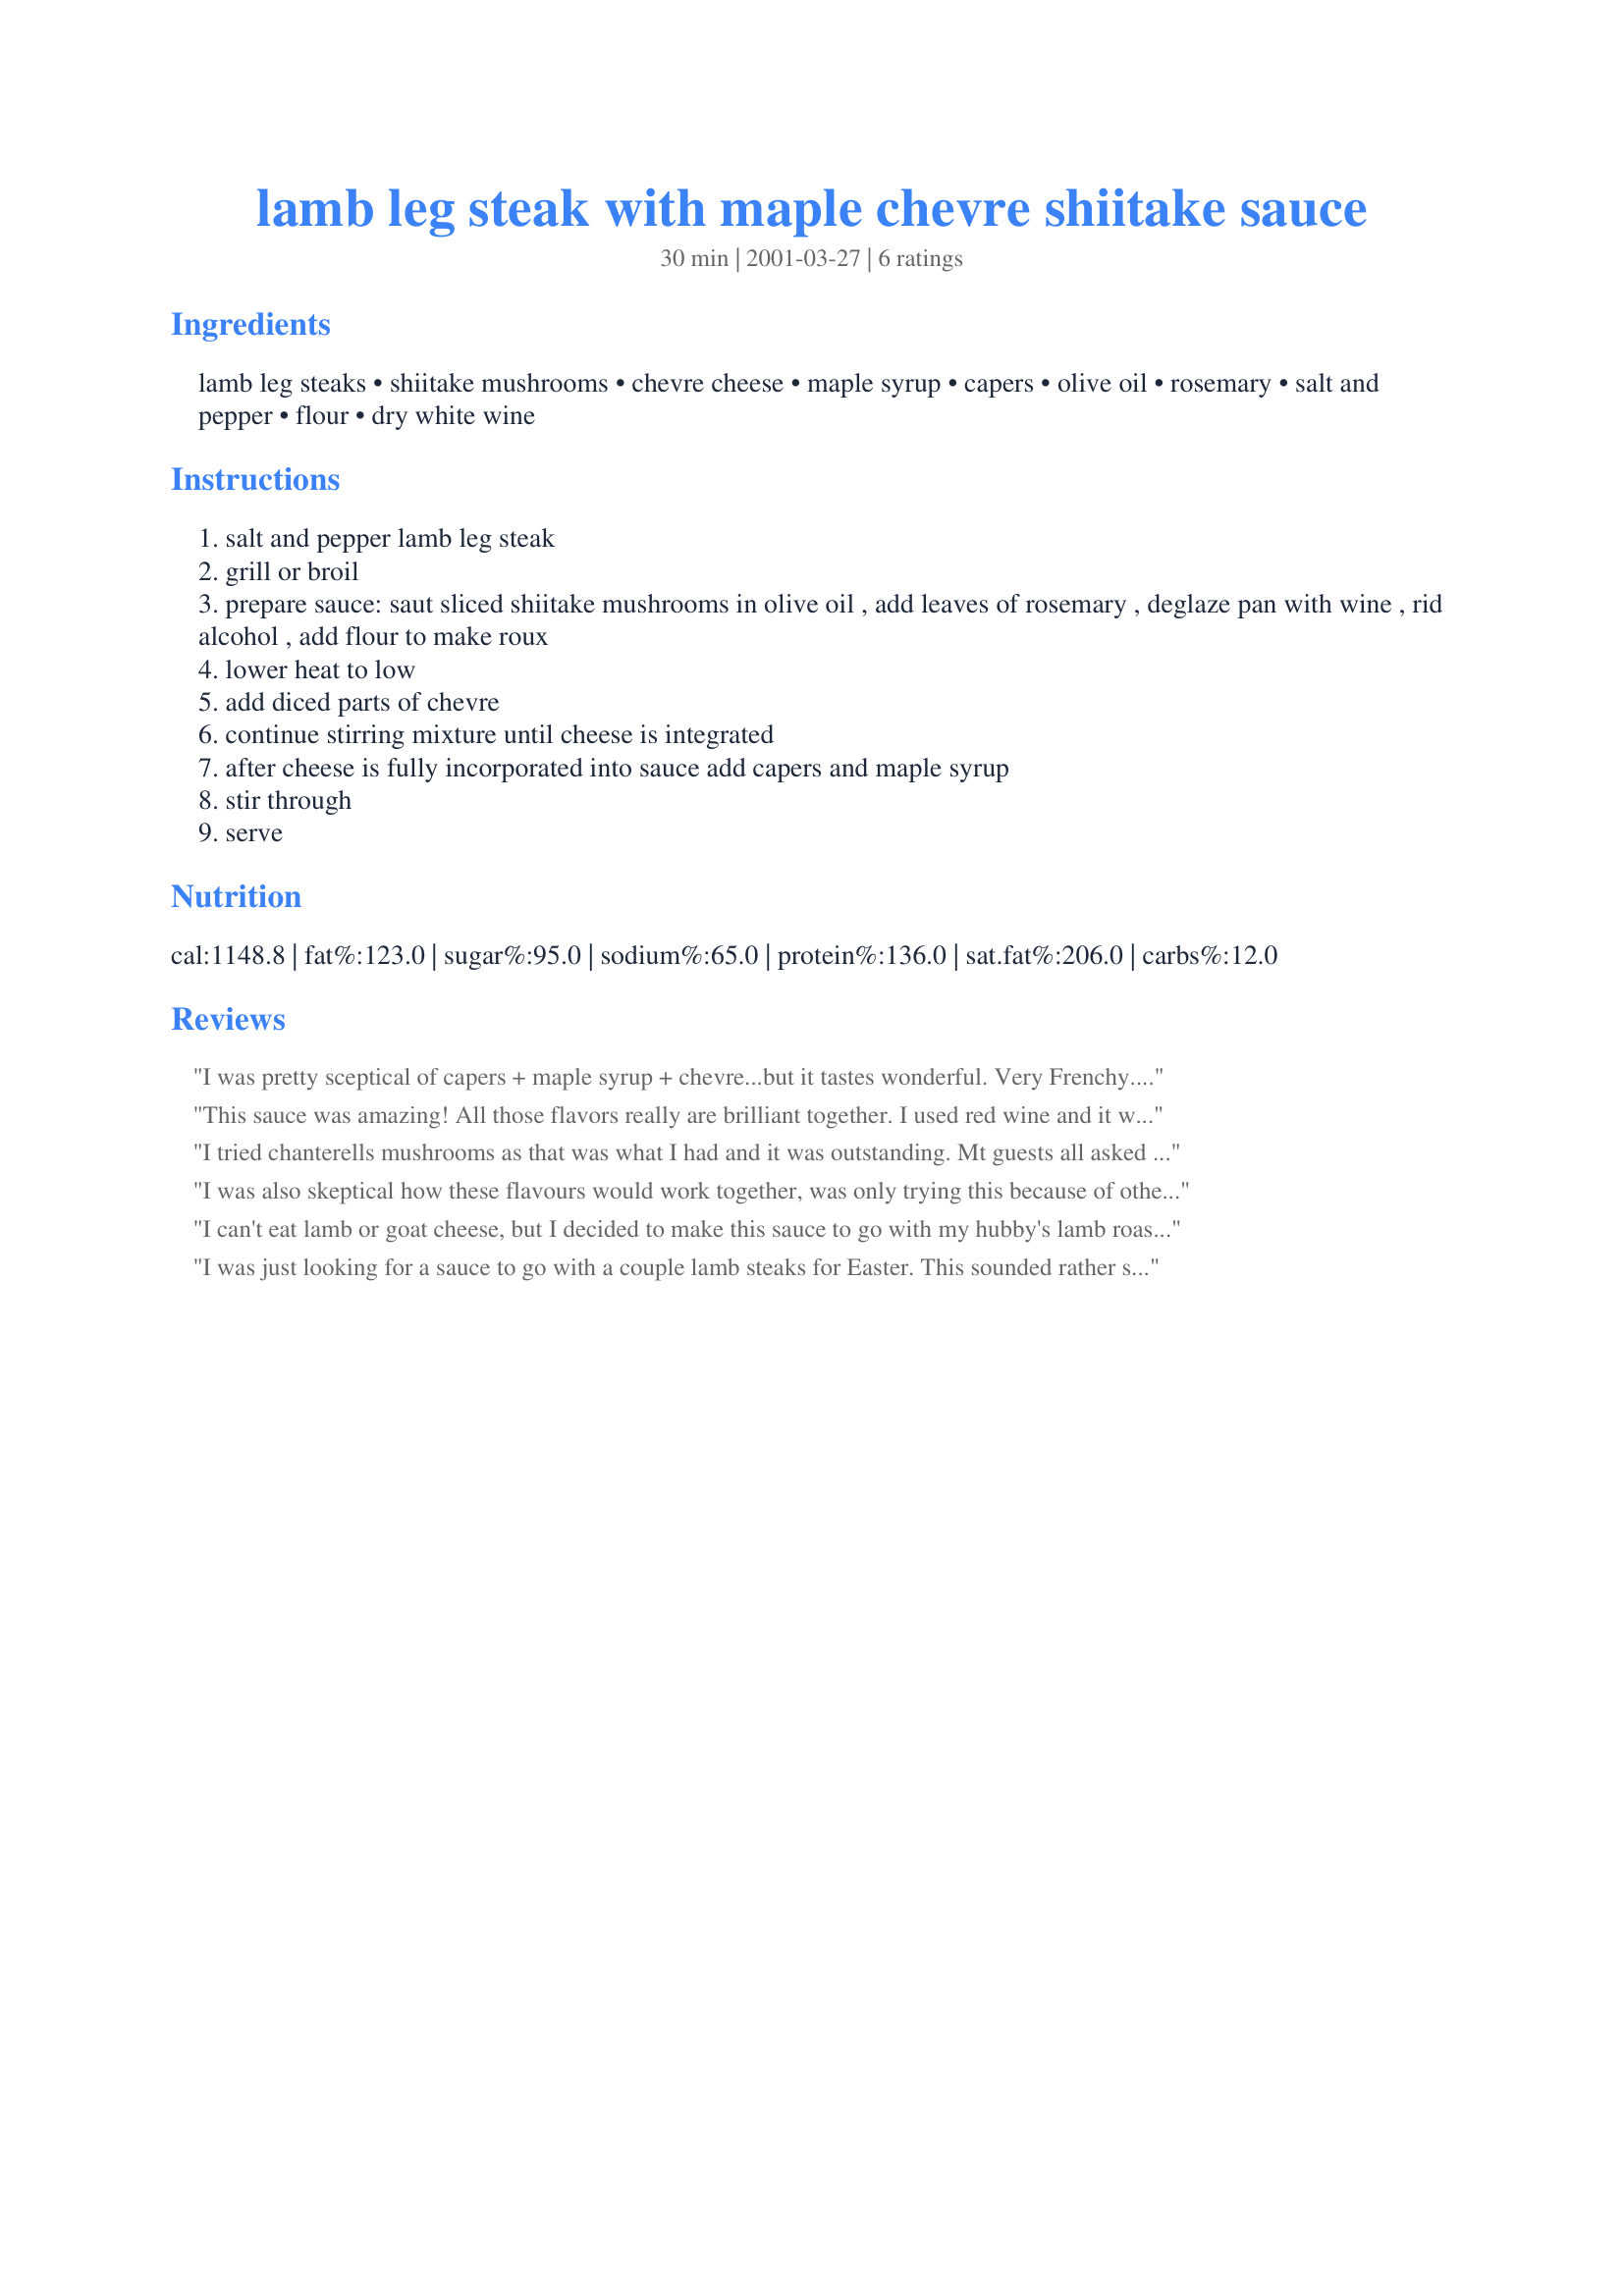
lamb leg steak with maple chevre shiitake sauce
Preparation time: 30 minutes

Ingredients:
lamb leg steaks, shiitake mushrooms, chevre cheese, maple syrup, capers, olive oil, rosemary, salt and pepper, flour, dry white wine

Steps:
salt and pepper lamb leg steak
grill or broil
prepare sauce: saut sliced shiitake mushrooms in olive oil , add leaves of rosemary , deglaze pan with wine , rid alcohol , add flour to make roux
lower heat to low
add diced parts of chevre
continue stirring mixture until cheese is integrated
after cheese is fully incorporated into sauce add capers and maple syrup
stir through
serve

Reviews:
I was pretty sceptical of capers + maple syrup + chevre...but it tastes wonderful. Very Frenchy. I made the sauce to use with a leg of lamb I roasted with rosemary and garlic and olive oil rubbed all over. I didn't use the full amount of chevre, it was just too much. I made the sauce early and then just warmed it on the stove with a bit of broth to loosen it up again. LOVE.
This sauce was amazing! All those flavors really are brilliant together.
I used red wine and it was delish. Served with green beans and goat cheese mashed potatoes.
I tried chanterells mushrooms as that was what I had and it was outstanding. Mt guests all asked for the recipe. My wine choice was [ blue moumtain pinot gris 1998] sharron cant
I was also skeptical how these flavours would work together, was only trying this because of others reviews. I really thought this would be my first harsh review. It was amazing myself and my huby both said 5 stars. I made this with lamb fillet as that is what I hand and I did also use less goats cheese than stated as I thought this would just too overpowering with the full amount. Very good I am sure it would not suit everybody's taste but for us it was really good and I will be making again.
I can't eat lamb or goat cheese, but I decided to make this sauce to go with my hubby's lamb roast for New Year's. Unfortunately, in reducing the recipe, I mixed up a few proportions (notably the cheese), so hubby had to do some altering to make it work. That's totally not the recipe's fault, though, and it did turn out well enough that he's interested in trying it again sometime and hopefully doing it properly. I'll let you know how that goes when we do that.
I was just looking for a sauce to go with a couple lamb steaks for Easter. This sounded rather strange, but what the heck, had all the ingredients on hand!

I did substitute dried porcini mushrooms for the shiitake (rehydrated in hot water), as that is what I had on hand. And cut the recipe in half for two.

Unfortunately mine turned out as more of a "spread" (very thick), rather than a sauce, (but it tasted really good in that form too).

So I added some of the reserved mushroom soaking liquid at the end to thin it out a little, whisking and adding it in until I got the consistency I was looking for, making it more of a sauce.

Good Flavor!! I will definitely keep this "sauce" in mind for future dishes.
